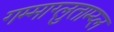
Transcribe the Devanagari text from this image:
गम्माग्लुताम्य्ल